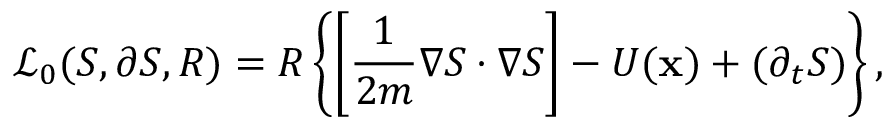
\mathcal { L } _ { 0 } ( S , \partial S , R ) = R \left\{ \left[ \frac { 1 } { 2 m } \boldsymbol { \nabla } S \cdot \boldsymbol { \nabla } S \right] - U ( \mathbf { x } ) + ( \partial _ { t } S ) \right\} ,